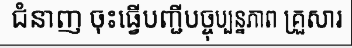
ជំនាញ ចុះធ្វើបញ្ជីបច្ចុប្បន្នភាព គ្រួសារ